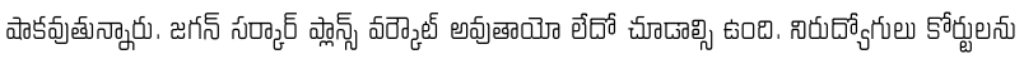
షాకవుతున్నారు. జగన్ సర్కార్ ప్లాన్స్ వర్కౌట్ అవుతాయో లేదో చూడాల్సి ఉంది. నిరుద్యోగులు కోర్టులను